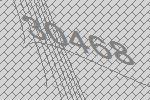
30468